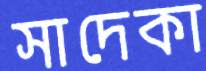
সাদেকা